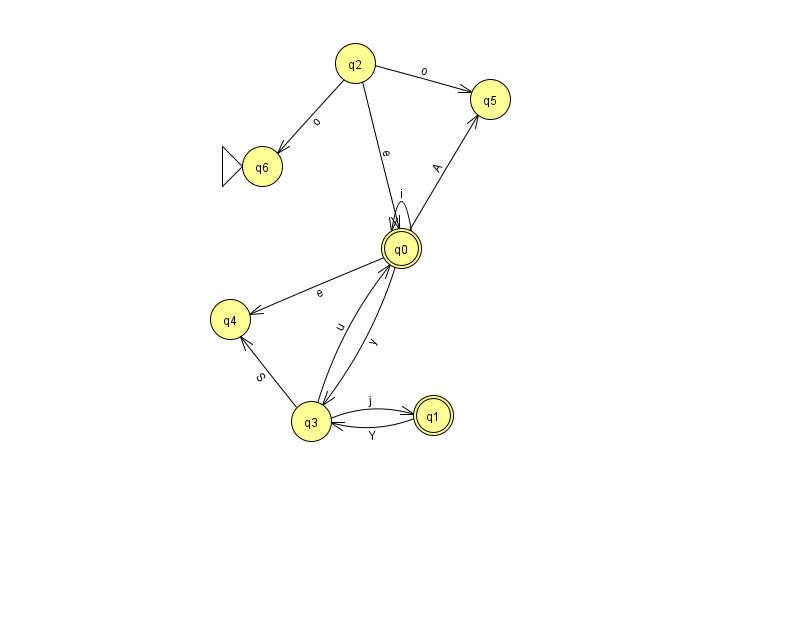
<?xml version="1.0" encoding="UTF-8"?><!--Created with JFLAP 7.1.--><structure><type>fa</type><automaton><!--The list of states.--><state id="0" name="q0"><x>401.0</x><y>235.0</y><final/></state><state id="1" name="q1"><x>433.0</x><y>402.0</y><final/></state><state id="2" name="q2"><x>355.0</x><y>50.0</y></state><state id="3" name="q3"><x>311.0</x><y>408.0</y></state><state id="4" name="q4"><x>230.0</x><y>306.0</y></state><state id="5" name="q5"><x>490.0</x><y>86.0</y></state><state id="6" name="q6"><x>262.0</x><y>153.0</y><initial/></state><!--The list of transitions.--><transition><from>3</from><to>4</to><read>S</read></transition><transition><from>0</from><to>3</to><read>y</read></transition><transition><from>2</from><to>6</to><read>o</read></transition><transition><from>0</from><to>0</to><read>i</read></transition><transition><from>0</from><to>5</to><read>A</read></transition><transition><from>3</from><to>0</to><read>u</read></transition><transition><from>0</from><to>4</to><read>e</read></transition><transition><from>1</from><to>3</to><read>Y</read></transition><transition><from>2</from><to>5</to><read>o</read></transition><transition><from>2</from><to>0</to><read>e</read></transition><transition><from>3</from><to>1</to><read>j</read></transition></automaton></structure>